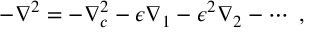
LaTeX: - \nabla ^ { 2 } = - \nabla _ { c } ^ { 2 } - \epsilon \nabla _ { 1 } - \epsilon ^ { 2 } \nabla _ { 2 } - \cdots \; ,